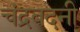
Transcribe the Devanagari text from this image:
चंद्रबदनी